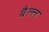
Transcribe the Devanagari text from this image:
बैल्ल